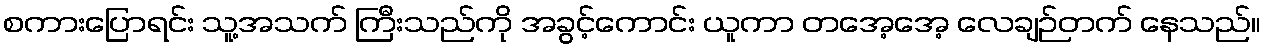
စကားပြောရင်း သူ့အသက် ကြီးသည်ကို အခွင့်ကောင်း ယူကာ တအေ့အေ့ လေချဉ်တက် နေသည်။